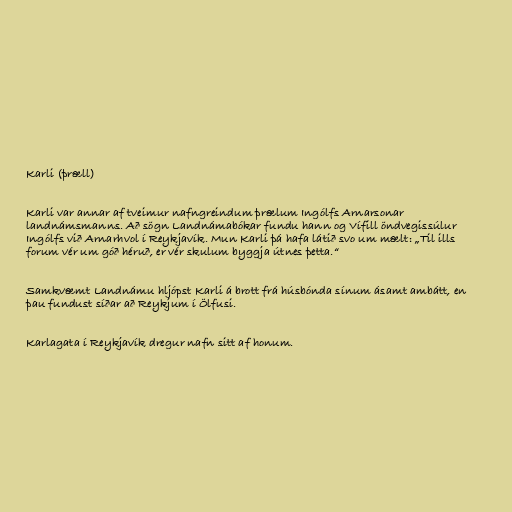
Karli (þræll)

Karli var annar af tveimur nafngreindum þrælum Ingólfs Arnarsonar
landnámsmanns. Að sögn Landnámabókar fundu hann og Vífill öndvegissúlur
Ingólfs við Arnarhvol í Reykjavík. Mun Karli þá hafa látið svo um mælt: „Til ills
forum vér um góð héruð, er vér skulum byggja útnes þetta.“

Samkvæmt Landnámu hljópst Karli á brott frá húsbónda sínum ásamt ambátt, en
þau fundust síðar að Reykjum í Ölfusi.

Karlagata í Reykjavík dregur nafn sitt af honum.